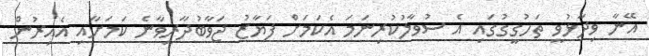
އޭނާ ވިދާޅުވީ ތަހުގީގުގައި އެ ސުވާލުކުރިނަމަ އެކަމަށް ފަޔާޒު ޖަވާބުދާރީވާނެ ކަމަށާއި އެއިރުން